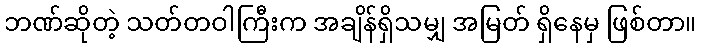
ဘဏ်ဆိုတဲ့ သတ်တဝါကြီးက အချိန်ရှိသမျှ အမြတ် ရှိနေမှ ဖြစ်တာ။